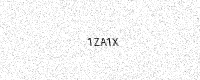
Text: 1ZA1X